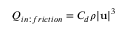
Q _ { i n : f r i c t i o n } = C _ { d } \rho | \mathbf { u } | ^ { 3 }